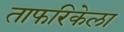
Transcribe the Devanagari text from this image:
ताफरिकेला